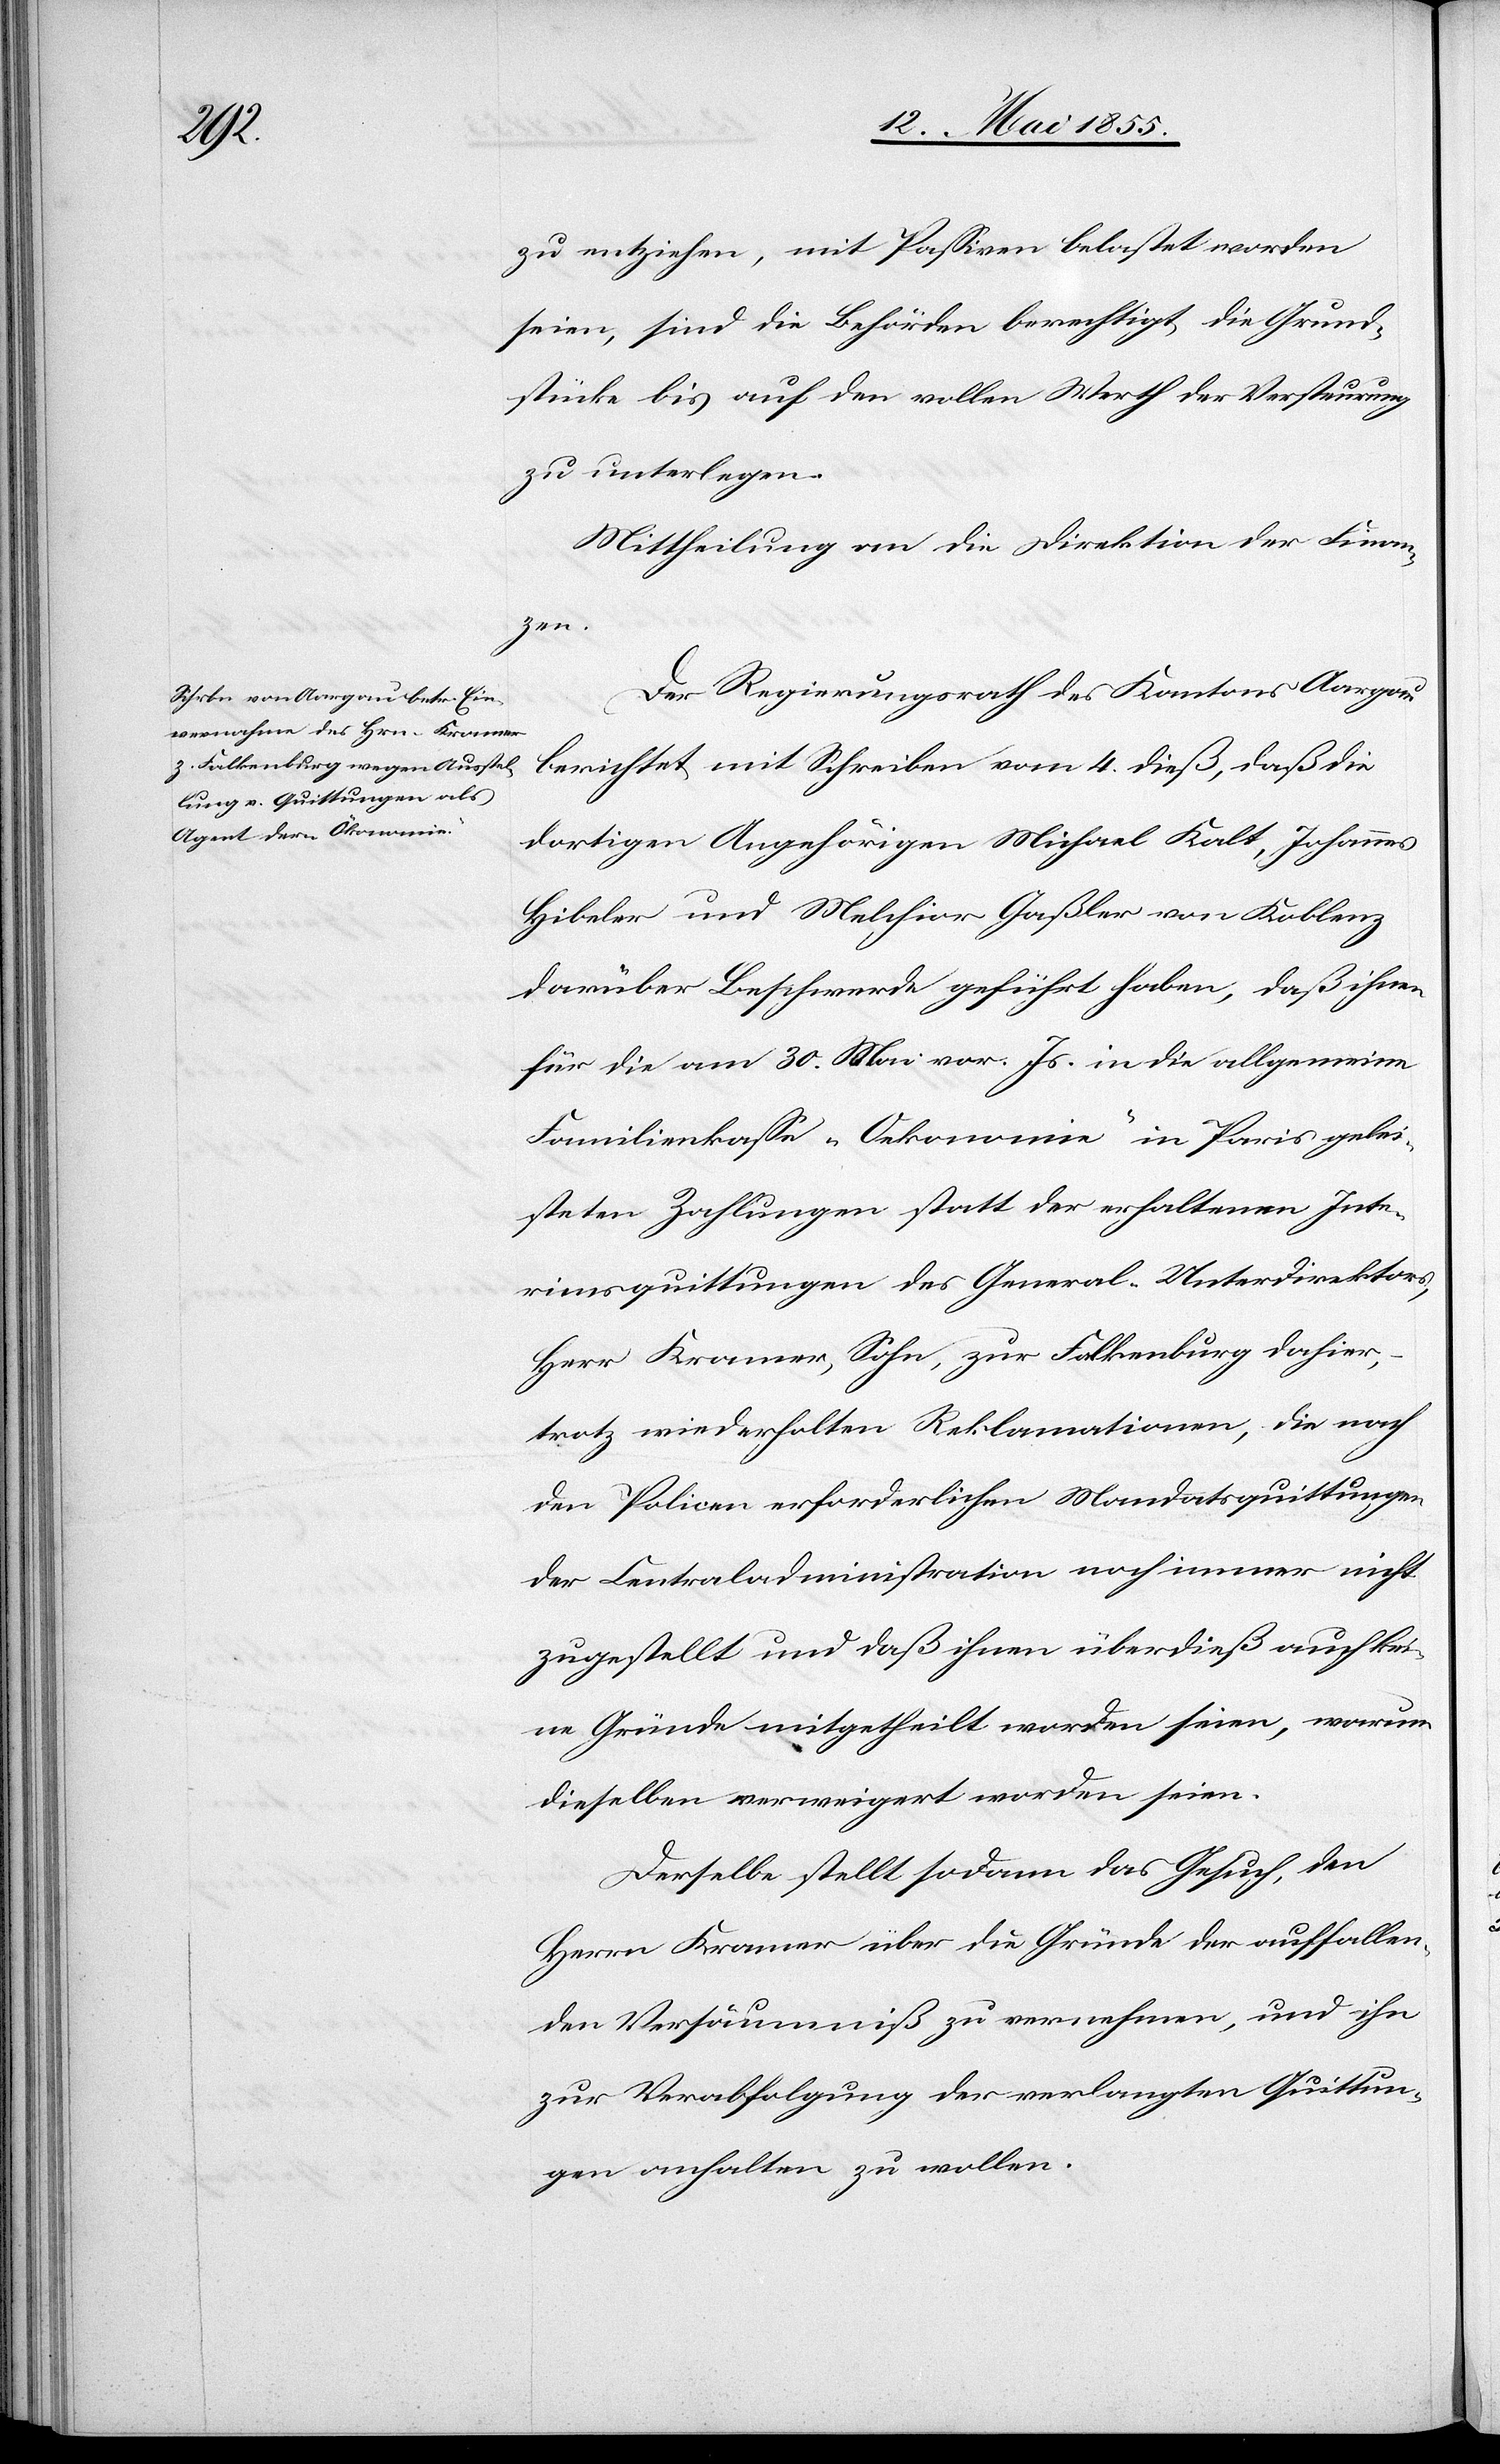
zu entziehen, mit Passiven belastet worden
seien, sind die Behörden berechtigt, die Grund¬
stücke bis auf den vollen Werth der Versteurung
zu unterlegen.[“]
Mittheilung an die Direktion der Finan¬
zen.
Der Regierungsrath des Kantons Aargau
berichtet mit Schreiben vom 4. dieß, daß die
dortigen Angehörigen Michael Kalt, Johannes
Hibeler und Melchior Gaßler von Koblenz
darüber Beschwerde geführt haben, daß ihnen
für die am 30. Mai vor. Js. in die allgemeine
Familienkasse „Oekonomie“ in Paris gelei¬
steten Zahlungen statt der erhaltenen Inte¬
rimsquittungen des General-Unterdirektors,
Herr Kramer, Sohn, zur Falkenburg dahier,
trotz wiederholten Reklamationen, die nach
den Policen erforderlichen Mandatsquittungen
der Centraladministration noch immer nicht
zugestellt und daß ihnen überdieß auch kei¬
ne Gründe mitgetheilt worden seien, warum
dieselben verweigert worden seien.
Derselbe stellt sodann das Gesuch, den
Herrn Kramer über die Gründe der auffallen¬
den Versäumniß zu vernehmen, und ihn
zur Verabfolgung der verlangten Quittun¬
gen anhalten zu wollen.